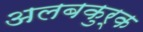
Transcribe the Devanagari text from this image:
अलबकुर्क